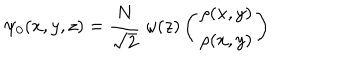
\psi _ { 0 } ( x , y , z ) = \frac { N } { \sqrt { 2 } } \; \omega ( z ) \left( \begin{array} { c c } { { \rho ( x , y ) } } \\ { { \rho ( x , y ) } } \\ \end{array} \right)